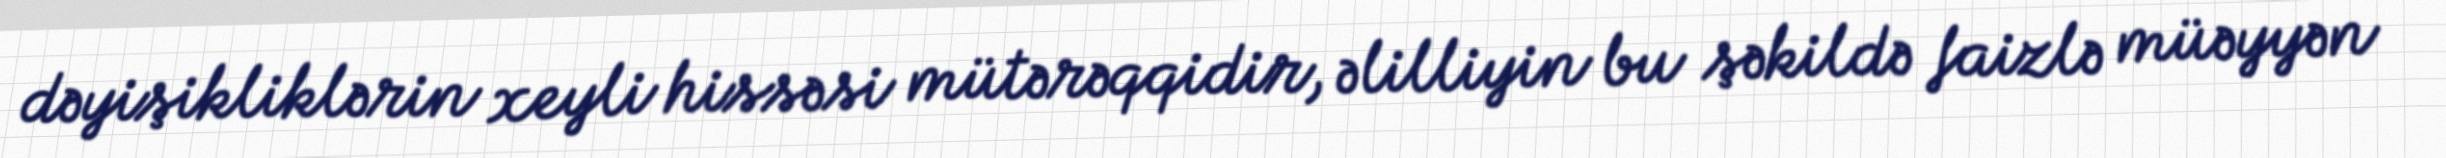
dəyişikliklərin xeyli hissəsi mütərəqqidir, əlilliyin bu şəkildə faizlə müəyyən